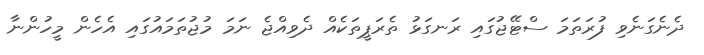
ދެނެގަނެވި ފުރަތަމަ ސްޓޭޖުގައި ރަނގަޅު ތެރަޕީތަކެއް ދެވިއްޖެ ނަމަ މުޖުތަމައުގައި އެހެން މީހުންނާ